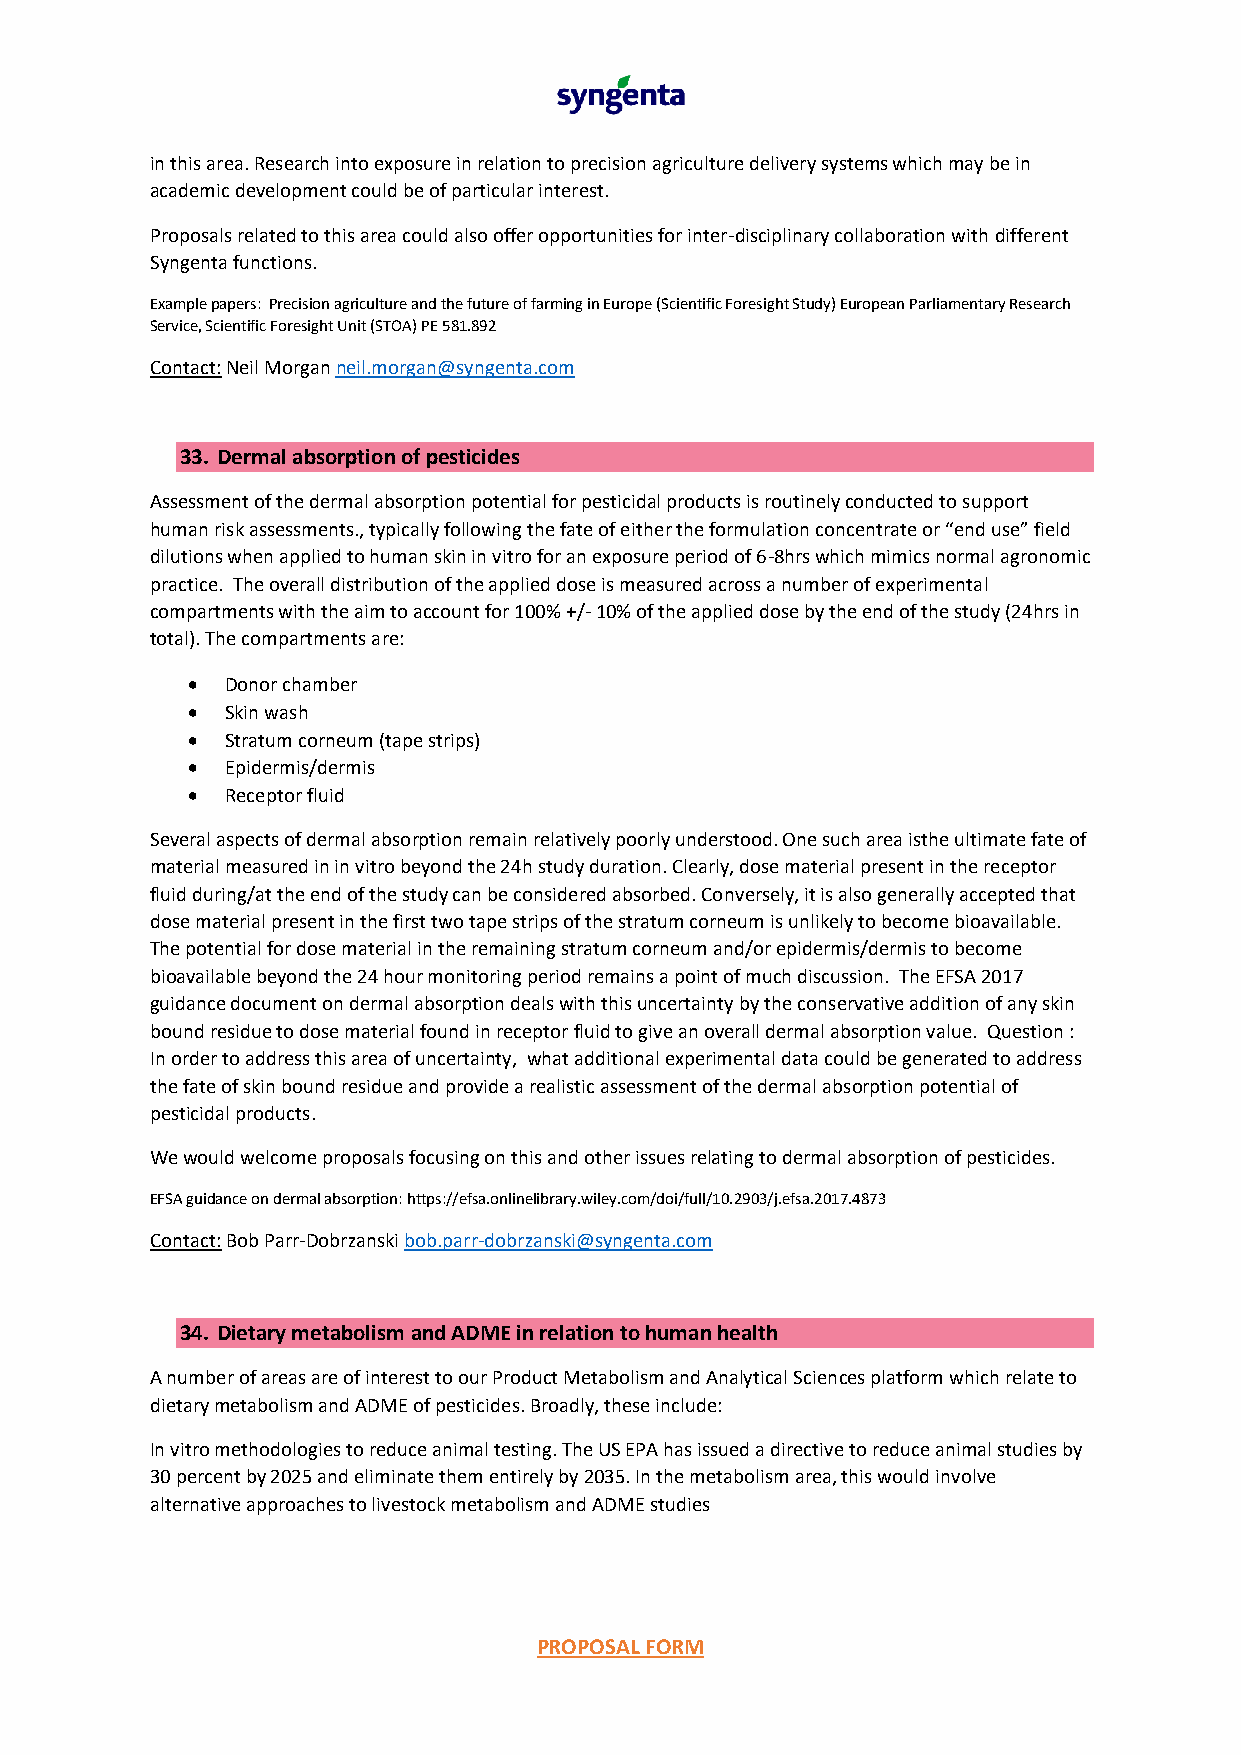
in this area. Research into exposure in relation to precision agriculture delivery systems which may be in
 academic development could be of particular interest.
 Proposals related to this area could also offer opportunities for inter-disciplinary collaboration with different
 Syngenta functions.
 Example papers: Precision agriculture and the future of farming in Europe (Scientific Foresight Study) European Parliamentary Research
 Service, Scientific Foresight Unit (STOA) PE 581.892
 Contact: Neil Morgan neil.morgan@syngenta.com
 33. Dermal absorption of pesticides
 Assessment of the dermal absorption potential for pesticidal products is routinely conducted to support
 human risk assessments., typically following the fate of either the formulation concentrate or “end use” field
 dilutions when applied to human skin in vitro for an exposure period of 6-8hrs which mimics normal agronomic
 practice. The overall distribution of the applied dose is measured across a number of experimental
 compartments with the aim to account for 100% +/- 10% of the applied dose by the end of the study (24hrs in
 total). The compartments are:
 •  Donor chamber
 •  Skin wash
 •  Stratum corneum (tape strips)
 •  Epidermis/dermis
 •  Receptor fluid
 Several aspects of dermal absorption remain relatively poorly understood. One such area isthe ultimate fate of
 material measured in in vitro beyond the 24h study duration. Clearly, dose material present in the receptor
 fluid during/at the end of the study can be considered absorbed. Conversely, it is also generally accepted that
 dose material present in the first two tape strips of the stratum corneum is unlikely to become bioavailable.
 The potential for dose material in the remaining stratum corneum and/or epidermis/dermis to become
 bioavailable beyond the 24 hour monitoring period remains a point of much discussion. The EFSA 2017
 guidance document on dermal absorption deals with this uncertainty by the conservative addition of any skin
 bound residue to dose material found in receptor fluid to give an overall dermal absorption value. Question :
 In order to address this area of uncertainty, what additional experimental data could be generated to address
 the fate of skin bound residue and provide a realistic assessment of the dermal absorption potential of
 pesticidal products.
 We would welcome proposals focusing on this and other issues relating to dermal absorption of pesticides.
 EFSA guidance on dermal absorption: https://efsa.onlinelibrary.wiley.com/doi/full/10.2903/j.efsa.2017.4873
 Contact: Bob Parr-Dobrzanski bob.parr-dobrzanski@syngenta.com
 34. Dietary metabolism and ADME in relation to human health
 A number of areas are of interest to our Product Metabolism and Analytical Sciences platform which relate to
 dietary metabolism and ADME of pesticides. Broadly, these include:
 In vitro methodologies to reduce animal testing. The US EPA has issued a directive to reduce animal studies by
 30 percent by 2025 and eliminate them entirely by 2035. In the metabolism area, this would involve
 alternative approaches to livestock metabolism and ADME studies
 PROPOSAL FORM